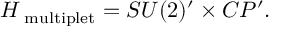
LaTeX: H _ { \mathrm { \tiny ~ m u l t i p l e t } } = S U ( 2 ) ^ { \prime } \times C P ^ { \prime } .